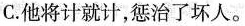
C.他将计就计，惩治了坏人。